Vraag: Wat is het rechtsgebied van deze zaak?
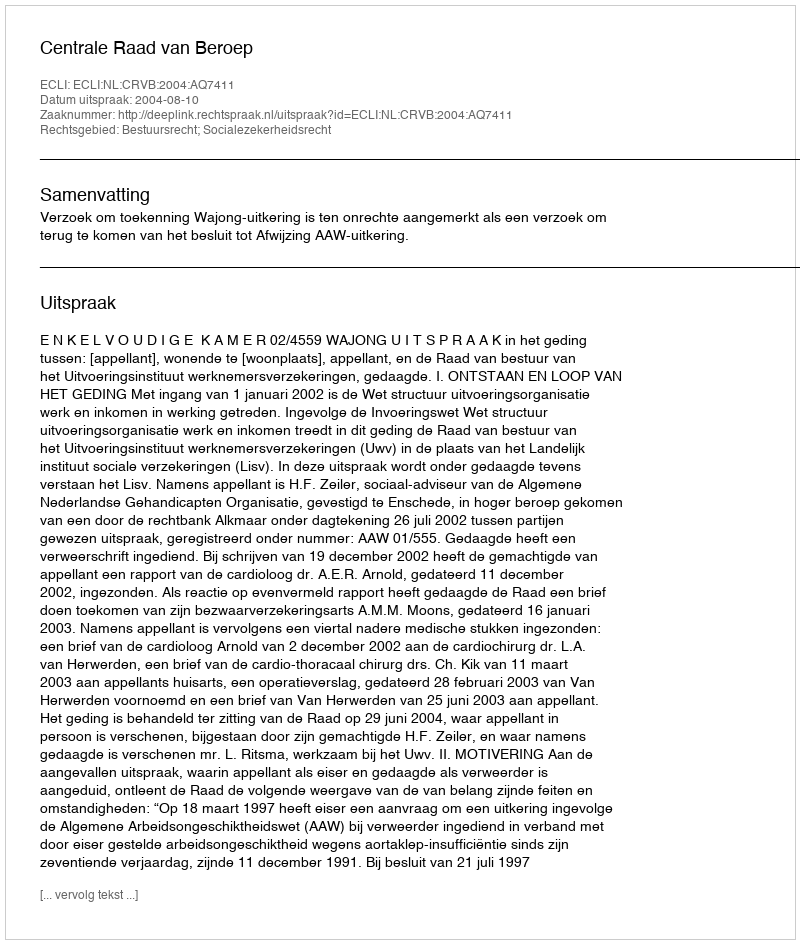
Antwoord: Bestuursrecht; Socialezekerheidsrecht